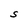
Character: S